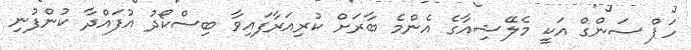
ހަޕް ސަންގް އަކީ މެލޭޝިއާގެ އެންމެ ބާރަށް ކުރިއަރާފައިވާ ބިސްކޯދު އުފައްދާ ކުންފުނި